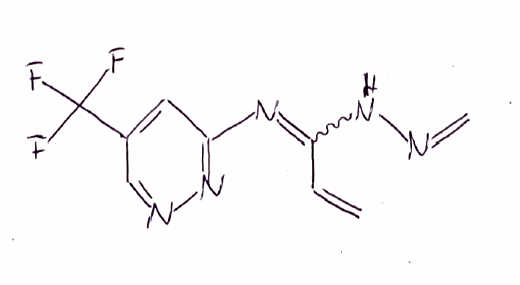
Simplified molecular-input line-entry system (SMILES) notation of the given molecule:
C=CC(=NC1=NN=CC(=C1)C(F)(F)F)NN=C